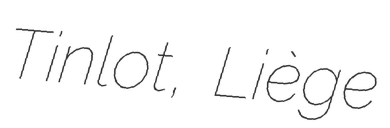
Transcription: Tinlot, Liège